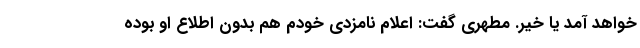
خواهد آمد یا خیر. مطهری گفت: اعلام نامزدی خودم هم بدون اطلاع او بوده